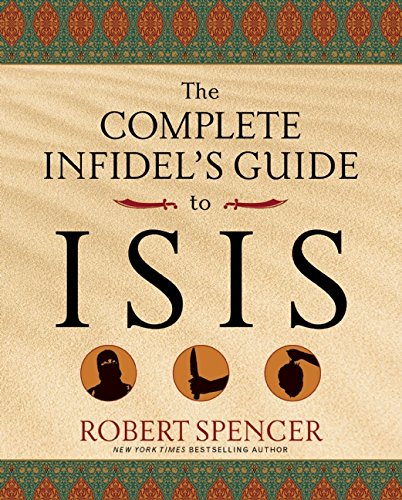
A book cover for The Complete Infidel's Guide to ISIS (Complete Infidel's Guides); Robert Spencer; History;